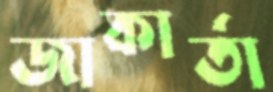
জাকার্তা